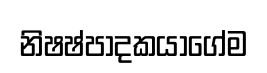
නිෂෂ්පාදකයාගේම